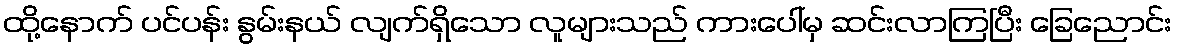
ထို့နောက် ပင်ပန်း နွမ်းနယ် လျက်ရှိသော လူများသည် ကားပေါ်မှ ဆင်းလာကြပြီး ခြေညောင်း